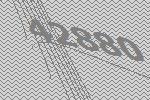
42880